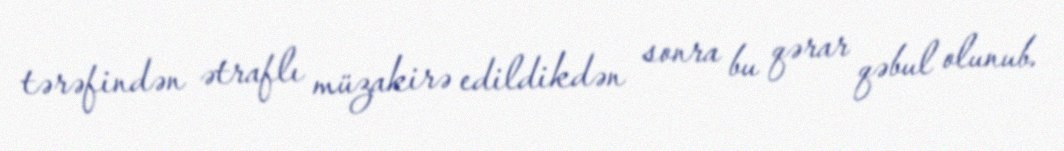
tərəfindən ətraflı müzakirə edildikdən sonra bu qərar qəbul olunub.